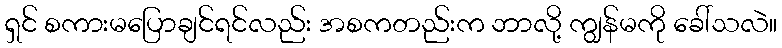
ရှင် စကားမပြောချင်ရင်လည်း အစကတည်းက ဘာလို့ ကျွန်မကို ခေါ်သလဲ။